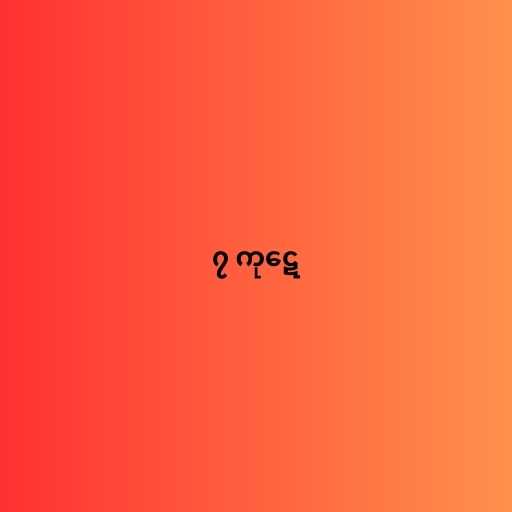
၇ ကုဋေ